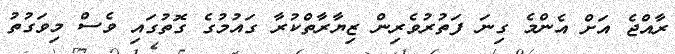
ރާއްޖެ އަށް އެންމެ ގިނަ ފަތުރުވެރިން ޒިޔާރާތްކުރާ ގައުމުގެ ގޮތުގައި ވެސް މިވަގުތު